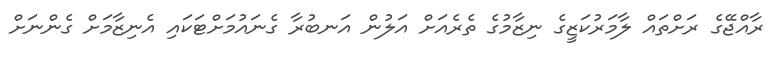
ރާއްޖޭގެ ރަށްތައް ލާމަރުކަޒީގެ ނިޒާމުގެ ތެރެއަށް އަލުން އަނބުރާ ގެނައުމަށްޓަކައި އެނިޒާމަށް ގެންނަށް